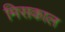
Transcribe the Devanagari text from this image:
मिसकाल